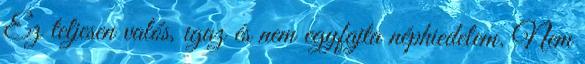
Ez teljesen valós, igaz és nem egyfajta néphiedelem. Nem